Annual report of the Bengal Veterinary College and of the Civil Veterinary Department, Bengal, for the year 1910-1911 - 1910-1911
Year: 1910
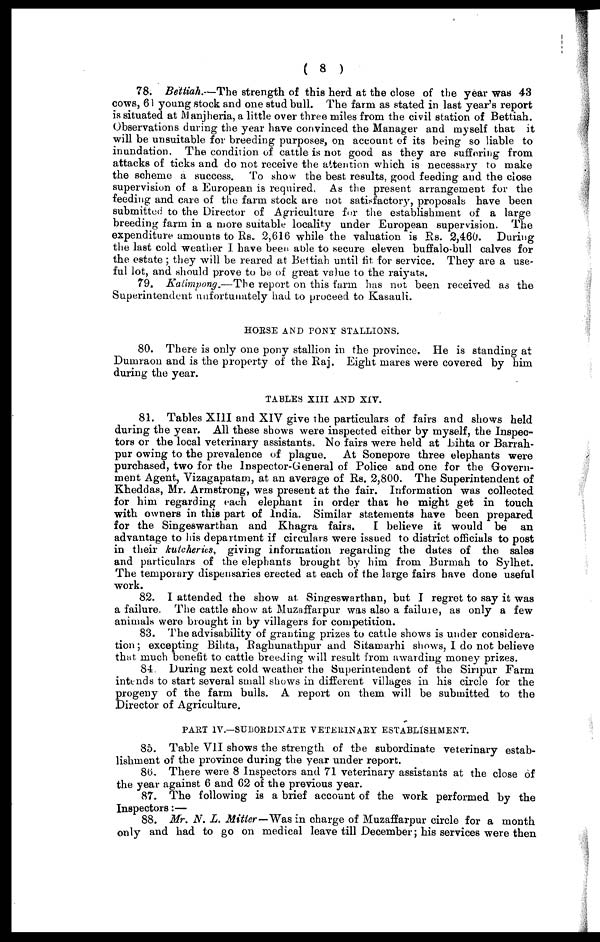
( 8 )
78. Bettiah.—The strength of this herd at the close of the year was 43
cows, 61 young stock and one stud bull. The farm as stated in last year's report
is situated at Manjheria, a little over three miles from the civil station of Bettiah.
Observations during the year have convinced the Manager and myself that it
will be unsuitable for breeding purposes, on account of its being so liable to
inundation. The condition of cattle is not good as they are suffering from
attacks of ticks and do not receive the attention which is necessary to make
the scheme a success. To show the best results, good feeding and the close
supervision of a European is required, As the present arrangement for the
feeding and care of the farm stock are not satisfactory, proposals have been
submitted to the Director of Agriculture for the establishment of a large
breeding farm in a more suitable locality under European supervision. The
expenditure amounts to Rs. 2,616 while the valuation is Rs. 2,460.
During
the last cold weather I have been able to secure eleven buffalo-bull calves for
the estate ; they will be reared at Bettiah until fit for service. They are a use-
ful lot, and should prove to be of great value to the raiyats.
79. Kalimpong.—The report on this farm has not been received as the
Superintendent unfortunately had to proceed to Kasauli.
HORSE AND PONY STALLIONS.
80. There is only one pony stallion in the province. He is standing at
Dumraon and is the property of the Raj. Eight mares were covered by him
during the year.
TABLES XIII AND XIV.
81. Tables XIII and XIV give the particulars of fairs and shows held
during the year. All these shows were inspected either by myself, the Inspec-
tors or the local veterinary assistants. No fairs were held at Bihta or Barrah-
pur owing to the prevalence of plague.
At Sonepore three elephants were
purchased, two for the Inspector-General of Police and one for the Govern-
ment Agent, Vizagapatam, at an average of Rs. 2,800. The Superintendent of
Kheddas, Mr. Armstrong, was present at the fair. Information was collected
for him regarding each elephant in order that he might get in touch
with owners in this part of India. Similar statements have been prepared
for the Singeswarthan and Khagra fairs.
I believe it would be
an
advantage to his department if circulars were issued to district officials to post
in their kutcheries, giving information regarding the dates of the sales
and particulars of the elephants brought by him from Burmah to Sylhet.
The temporary dispensaries erected at each of the large fairs have done useful
work.
82. I attended the show at Singeswarthan, but I regret to say it was
a failure. The cattle show at Muzaffarpur was also a failure, as only a few
animals were brought in by villagers for competition.
83. The advisability of granting prizes to cattle shows is under considera-
tion ; excepting Bihta, Raghunathpur and Sitamarhi shows, I do not believe
that much benefit to cattle breeding will result from awarding money prizes.
84. During next cold weather the Superintendent of the Siripur Farm
intends to start several small shows in different villages in his circle for the
progeny of the farm bulls. A report on them will be submitted to the
Director of Agriculture.
PART IV—SUBORDINATE VETERINARY ESTABLISHMENT.
85. Table VII shows the strength of the subordinate veterinary estab-
lishment of the province during the year under report.
86. There were 8 Inspectors and 71 veterinary assistants at the close of
the year against 6 and 62 of the previous year.
87. The following is a brief account of the work performed by the
Inspectors:—
88. Mr. N. L. Mitter—Was in charge of Muzaffarpur circle for a month
only and had to go on medical leave till December; his services were then